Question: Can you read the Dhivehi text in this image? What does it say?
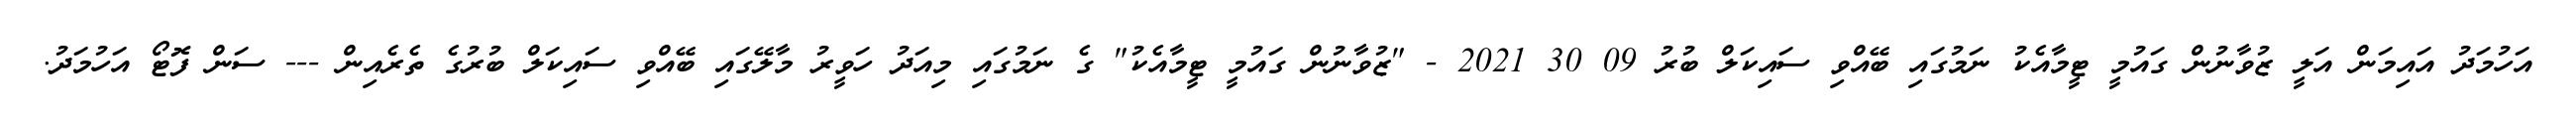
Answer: އަހުމަދު އައިމަން އަލީ ޒުވާނުން ގައުމީ ޓީމާއެކު ނަމުގައި ބޭއްވި ސައިކަލް ބުރު 09 30 2021 - "ޒުވާނުން ގައުމީ ޓީމާއެކު" ގެ ނަމުގައި މިއަދު ހަވީރު މާލޭގައި ބޭއްވި ސައިކަލް ބުރުގެ ތެރެއިން --- ސަން ފޮޓޯ އަހުމަދު.